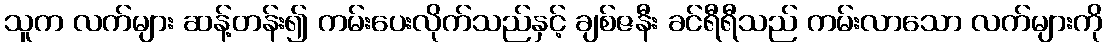
သူက လက်များ ဆန့်တန်း၍ ကမ်းပေးလိုက်သည်နှင့် ချစ်ဇနီး ခင်ရီရီသည် ကမ်းလာသော လက်များကို